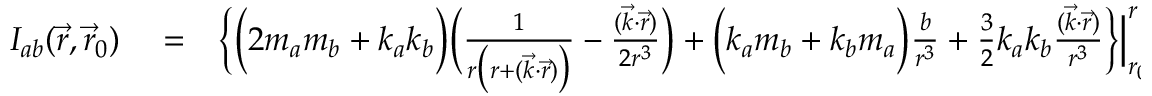
\begin{array} { r l r } { { \cal I } _ { a b } ( \vec { r } , \vec { r } _ { 0 } ) } & { { } = } & { \Big \{ \Big ( 2 m _ { a } m _ { b } + k _ { a } k _ { b } \Big ) \Big ( \frac { 1 } { r \big ( r + ( { \vec { k } } \cdot { \vec { r } } ) \big ) } - \frac { ( { \vec { k } } \cdot { \vec { r } } ) } { 2 r ^ { 3 } } \Big ) + \Big ( k _ { a } m _ { b } + k _ { b } m _ { a } \Big ) \frac { b } { r ^ { 3 } } + { \textstyle \frac { 3 } { 2 } } k _ { a } k _ { b } \frac { ( { \vec { k } } \cdot { \vec { r } } ) } { r ^ { 3 } } \Big \} \Big | _ { r _ { 0 } } ^ { r } . } \end{array}